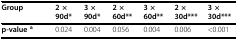
<table><thead><tr><td><b>Group</b></td><td><b>2 × 90d*</b></td><td><b>3 × 90d*</b></td><td><b>2 × 60d**</b></td><td><b>3 × 60d**</b></td><td><b>2 × 30d***</b></td><td><b>3 × 30d***</b></td></tr></thead><tbody><tr><td><b>p-value </b><sup><b>a</b></sup></td><td>0.024</td><td>0.004</td><td>0.056</td><td>0.004</td><td>0.006</td><td>&lt;0.001</td></tr></tbody></table>